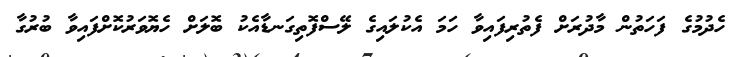
ހެދުމުގެ ފަހަތުން މާދުރަށް ފެތުރިފައިވާ ހަމަ އެކުލައިގެ ލޭސްފޮތިގަނޑާއެކު ބޮލަށް ހެޔޮވަރުކޮށްފައިވާ ބުރުގާ